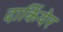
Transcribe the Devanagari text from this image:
दार्कियेर